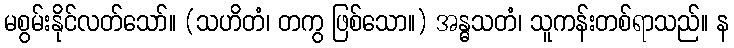
မစွမ်းနိုင်လတ်သော်။ (သဟိတံ၊ တကွ ဖြစ်သော။) အန္ဓသတံ၊ သူကန်းတစ်ရာသည်။ န